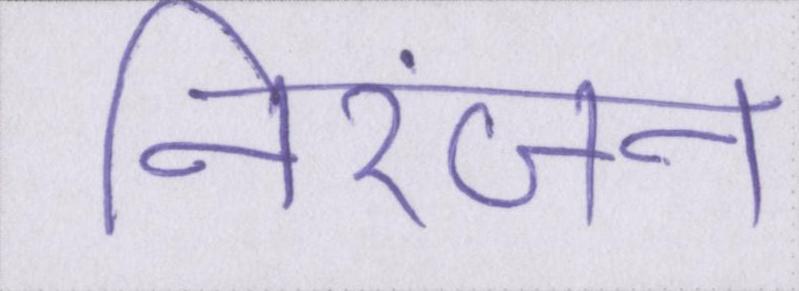
निरंजन